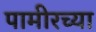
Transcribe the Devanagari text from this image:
पामीरच्या